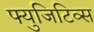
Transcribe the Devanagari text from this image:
फ्युजिटिव्स